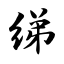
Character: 绨